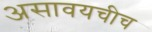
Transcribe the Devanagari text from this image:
असावयचीच